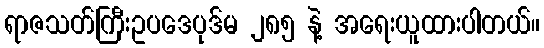
ရာဇသတ်ကြီးဥပဒေပုဒ်မ ၂၈၅ နဲ့ အရေးယူထားပါတယ်။